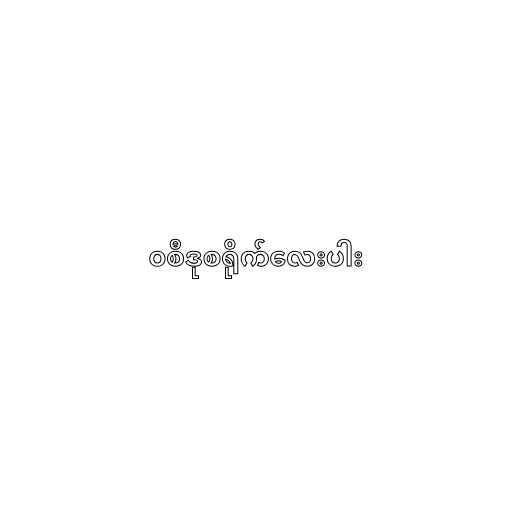
၀စီဒုစရိုက်လေးပါး